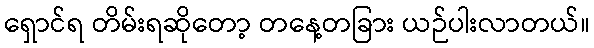
ရှောင်ရ တိမ်းရဆိုတော့ တနေ့တခြား ယဉ်ပါးလာတယ်။